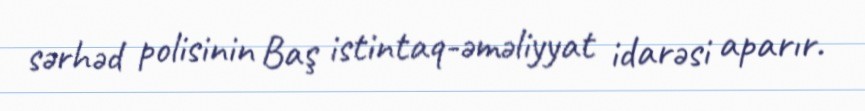
sərhəd polisinin Baş istintaq-əməliyyat idarəsi aparır.